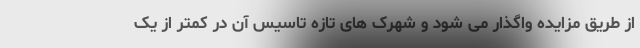
از طریق مزایده واگذار می شود و شهرک های تازه تاسیس آن در کمتر از یک